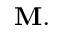
\mathbf { M } .